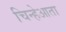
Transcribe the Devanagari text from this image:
चिन्हेआता